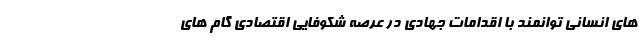
های انسانی توانمند با اقدامات جهادی در عرصه شکوفایی اقتصادی گام های